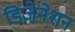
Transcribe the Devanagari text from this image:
डिजेनेशन